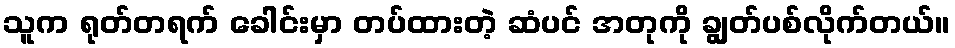
သူက ရုတ်တရက် ခေါင်းမှာ တပ်ထားတဲ့ ဆံပင် အတုကို ချွတ်ပစ်လိုက်တယ်။